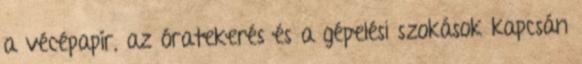
a vécépapír, az óratekerés és a gépelési szokások kapcsán